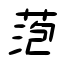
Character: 萢